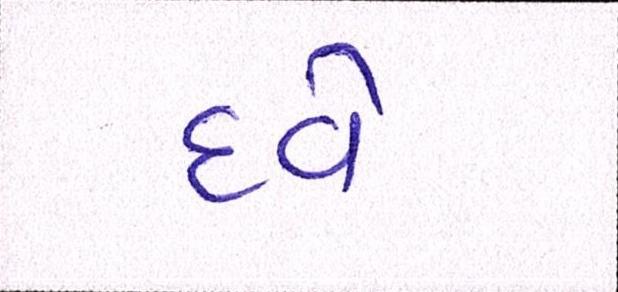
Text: દવે